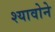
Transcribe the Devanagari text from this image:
श्यावोने